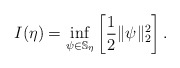
\begin{align*}I(\eta)=\inf_{\psi\in\mathbb{S}_{\eta}}\left[ \frac{1}{2}\|\psi\|_{2}^{2}\right] . \end{align*}